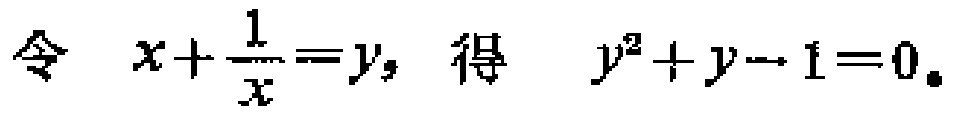
令 \(x+\frac{1}{x}=y\)，得 \(y^{2}+y - 1=0\)。